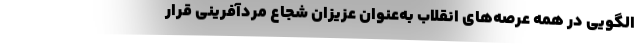
الگویی در همه عرصه‌های انقلاب به‌عنوان عزیزان شجاع مردآفرینی قرار